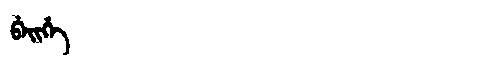
Manchu: ᠪᡝᡳᡥᡝ
Romanization: BEIHE